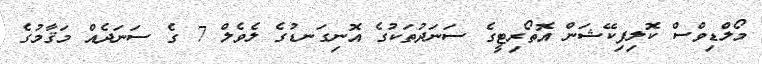
މޯލްޑިވްސް ކޮލިފިކޭޝަން އޮތޯރިޓީގެ ސަނަދުތަކުގެ އޮނިގަނޑުގެ ލެވެލް 7 ގެ ސަނަދެއް މަޤާމުގެ